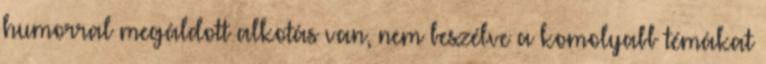
humorral megáldott alkotás van, nem beszélve a komolyabb témákat